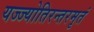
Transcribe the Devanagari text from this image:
यज्ज्योतिरन्तरमृतं